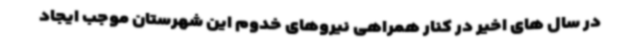
در سال های اخیر در کنار همراهی نیروهای خدوم این شهرستان موجب ایجاد